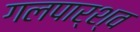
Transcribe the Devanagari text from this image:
गलपार्श्व